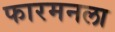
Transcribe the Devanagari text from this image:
फारमनला